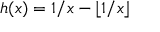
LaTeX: h ( x ) = 1 / x - \lfloor 1 / x \rfloor